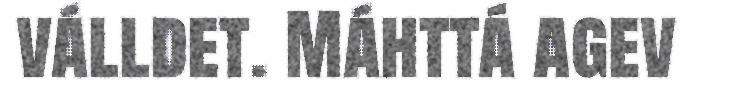
válldet. Máhttá agev